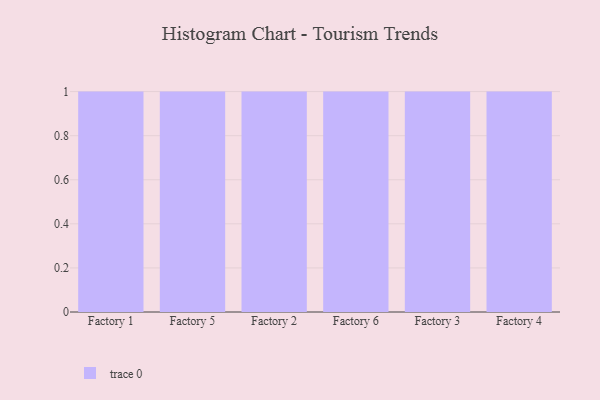
{"axis": {"x": "Factory", "y": "Active Users"}, "legend": [""], "data": [{"x": "Factory 1", "y": 75, "type": ""}, {"x": "Factory 5", "y": 20, "type": ""}, {"x": "Factory 2", "y": 1, "type": ""}, {"x": "Factory 6", "y": 34, "type": ""}, {"x": "Factory 3", "y": 26, "type": ""}, {"x": "Factory 4", "y": 67, "type": ""}]}